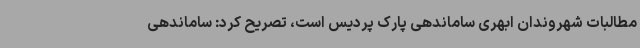
مطالبات شهروندان ابهری ساماندهی پارک پردیس است، تصریح کرد: ساماندهی